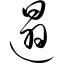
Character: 遢